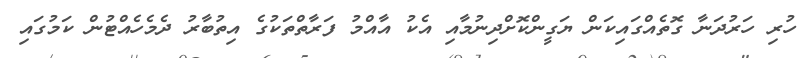
ހުރި ހަރުދަނާ ގޮތެެއްގައިކަން ޔަގީންކޮށްދިނުމާއި އެކު އާއްމު ފަރާތްތަކުގެ އިތުބާރު ދެމެހެއްޓުން ކަމުގައި